Juuru_vallavalitsus, lk 59
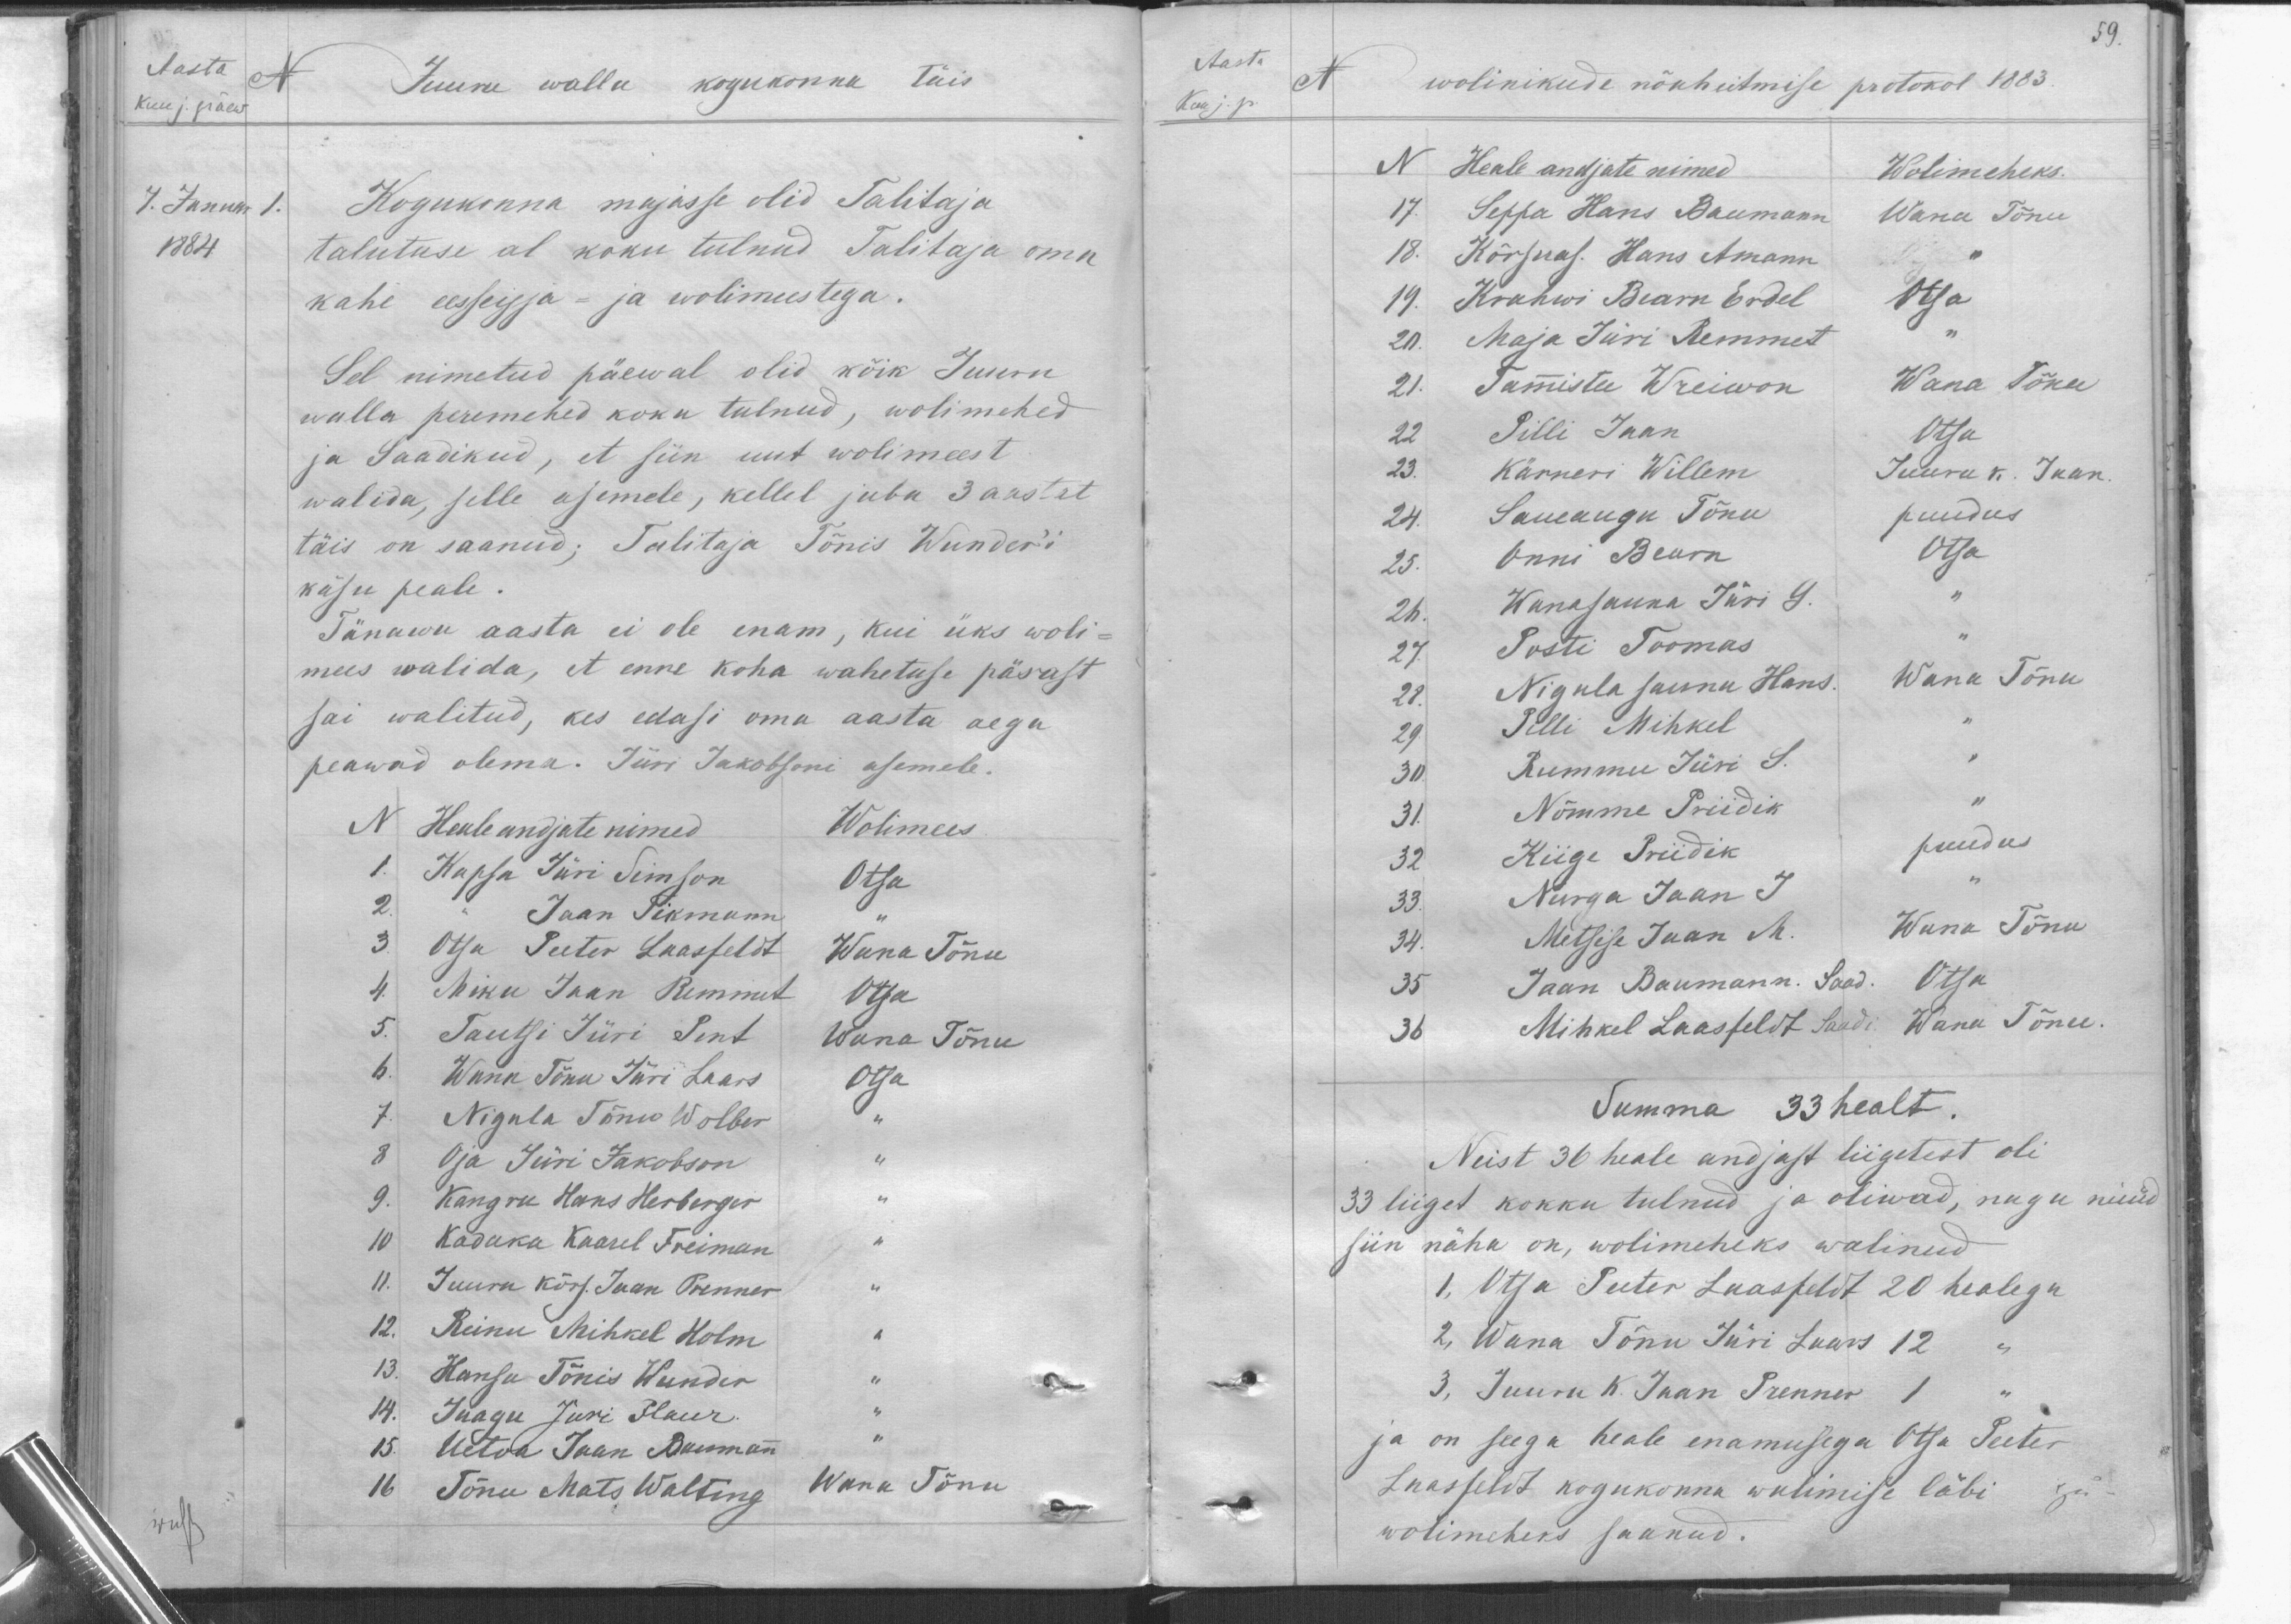
Aasta
N
Kuu j. päew
Juuru wallu kogukonna täis
J. Januar 1.
1884
Kogukonna majasse olid Talitaja
talutuse al koku tulnud Talitaja oma
kahe eesseisja- ja wolimeestega.
Sel nimetud päewal olid kõik Juuru
walla peremehed koku tulnud, wolimehed
ja saadikud, et siin uut wolimeest
walida, selle asemele, kellel juba 3 aastat
täis on saanud; Talitaja Tõnis Wunder'i
käsu peale.
Tänawu aasta ei ole enam, kui üks woli-
mees walida, et enne koha wahetuse pärast.
sai walitud, kes edasi oma aasta aega
peawad olema. Jüri Jakobsoni asemele.
N Healeandjate nimed
Wolimees.
1. Kapsa Jüri Simson
Otsa
2 - Jaan Pikmann
3. Otsa Peeter Laasfeldt
Wana Tõnu
4. Miku Jaan Remmet
Otsa
5. Tautsi Jüri Pent
Wana Tõnu
6. Wana Tõnu Jüri Laars
Otsa
7. Nigula Tõnu Wolber
8 Oja Jüri Jakobson
9. Kangru Hans Herberger
10 Kadaka Kaarel Freiman
11. Juuru kõrs. Jaan Prenner
12. Reinu Mihkel Holm
13. Hansu Tõnis Wunder
14. Jaagu Jüri haur.
15. Uetoa Jaan Bausman
16 Tõnu Mats Walting
Wana Tõnu

59.
Aasta
N
Kuu j. p.
wolinikude nõuhetmise protokol 1883.
N
Heale andjate nimed
Wolimeheks.
17. Seppa Hans Baumann
Wana Tõnu
18. Kõrsuas. Hans Amann
19. Krahwi Bearn Erdel
Otsa
20. Maja Jüri Remmet
21. Tamistee Wreiwon
Wana Tõnu
22 Pilli Jaan
Otsu
23. Kärneri Willem
Juuru k. Ivan
24. Saueaugu Tõnu
puudus
25. Onni Bearn
Otsa
26. Wanasauna Jüri G.
27. Posti Toomas
28. Nigula sauna Hans.
Wana Tõnu
29. Pilli Mihkel
30. Rummu Jüri S.
31. Nõmme Priidik
32 Kiige Priidik
puudus
33. Nurga Jaan J
34. Metsise Jaan M.
Wana Tõnu
35 Jaan Baumann. Saad. Otsa
36 Mihkel Laasfeldt Saade. Wana Tõnu
Summa 33 healt.
Neist 36 heale andjast liigetest oli
33 liiget kokku tulnud ja oliwad, nagu nüüd
siin näha on, wolimeheks walinud
1, Otsa Peeter Laasfeldt 20 healega
2, Wana Tõnu Jüri Laars 12
3, Juuru K. Jaan Prenner 1
ja on seega heale enamusega Otsa Peeter
Laasfeldt kogukonna walimise läbi
ja
wolimeheks saanud.